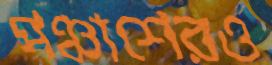
পঞ্চাশেরও